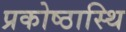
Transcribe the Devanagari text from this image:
प्रकोष्ठास्थि